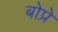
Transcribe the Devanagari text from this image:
बोप्रे